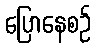
ပြောနေစဉ်